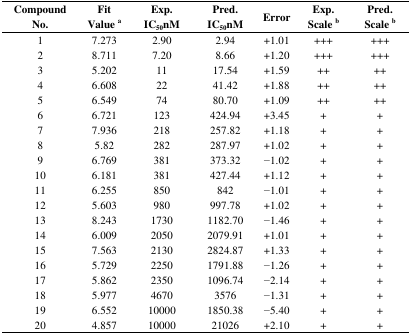
| Compound No. | Fit Value a | Exp. IC50nM | Pred. IC50nM | Error | Exp. Scale b | Pred. Scale b |
 | --- | --- | --- | --- | --- | --- | --- |
 | 1 | 7.273 | 2.90 | 2.94 | +1.01 | +++ | +++ |
 | 2 | 8.711 | 7.20 | 8.66 | +1.20 | +++ | +++ |
 | 3 | 5.202 | 11 | 17.54 | +1.59 | ++ | ++ |
 | 4 | 6.608 | 22 | 41.42 | +1.88 | ++ | ++ |
 | 5 | 6.549 | 74 | 80.70 | +1.09 | ++ | ++ |
 | 6 | 6.721 | 123 | 424.94 | +3.45 | + | + |
 | 7 | 7.936 | 218 | 257.82 | +1.18 | + | + |
 | 8 | 5.82 | 282 | 287.97 | +1.02 | + | + |
 | 9 | 6.769 | 381 | 373.32 | −1.02 | + | + |
 | 10 | 6.181 | 381 | 427.44 | +1.12 | + | + |
 | 11 | 6.255 | 850 | 842 | −1.01 | + | + |
 | 12 | 5.603 | 980 | 997.78 | +1.02 | + | + |
 | 13 | 8.243 | 1730 | 1182.70 | −1.46 | + | + |
 | 14 | 6.009 | 2050 | 2079.91 | +1.01 | + | + |
 | 15 | 7.563 | 2130 | 2824.87 | +1.33 | + | + |
 | 16 | 5.729 | 2250 | 1791.88 | −1.26 | + | + |
 | 17 | 5.862 | 2350 | 1096.74 | −2.14 | + | + |
 | 18 | 5.977 | 4670 | 3576 | −1.31 | + | + |
 | 19 | 6.552 | 10000 | 1850.38 | −5.40 | + | + |
 | 20 | 4.857 | 10000 | 21026 | +2.10 | + | + |